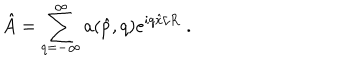
\hat { A } = \sum _ { q = - \infty } ^ { \infty } a ( \hat { p } , q ) e ^ { i q \hat { x } / R } \; .